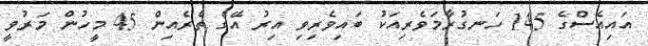
އައިއެސްގެ 145 ހަނގުރާމަވެރިއަކު ބައިވެރިވި އިރު އޭގެ ތެރެއިން 45 މީހުން މަރުވީ